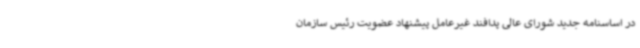
در اساسنامه جدید شورای عالی پدافند غیرعامل پیشنهاد عضویت رئیس سازمان